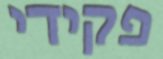
פקידי